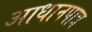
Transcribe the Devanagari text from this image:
आधानपात्र